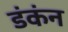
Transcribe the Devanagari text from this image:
डंकंन